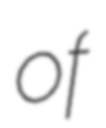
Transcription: of